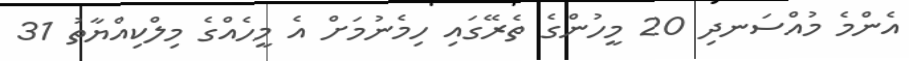
އެންމެ މުއްސަނދި 20 މީހުންގެ ތެރޭގައި ހިމެނުމަށް އެ މީހެއްގެ މިލްކިއްޔާތު 31